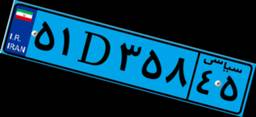
۴۴D۵۸۷۶۰